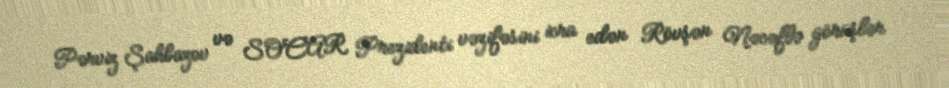
Pərviz Şahbazov və SOCAR Prezidenti vəzifəsini icra edən Rövşən Nəcəflə görüşlər